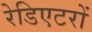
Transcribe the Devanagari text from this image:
रेडिएटरों